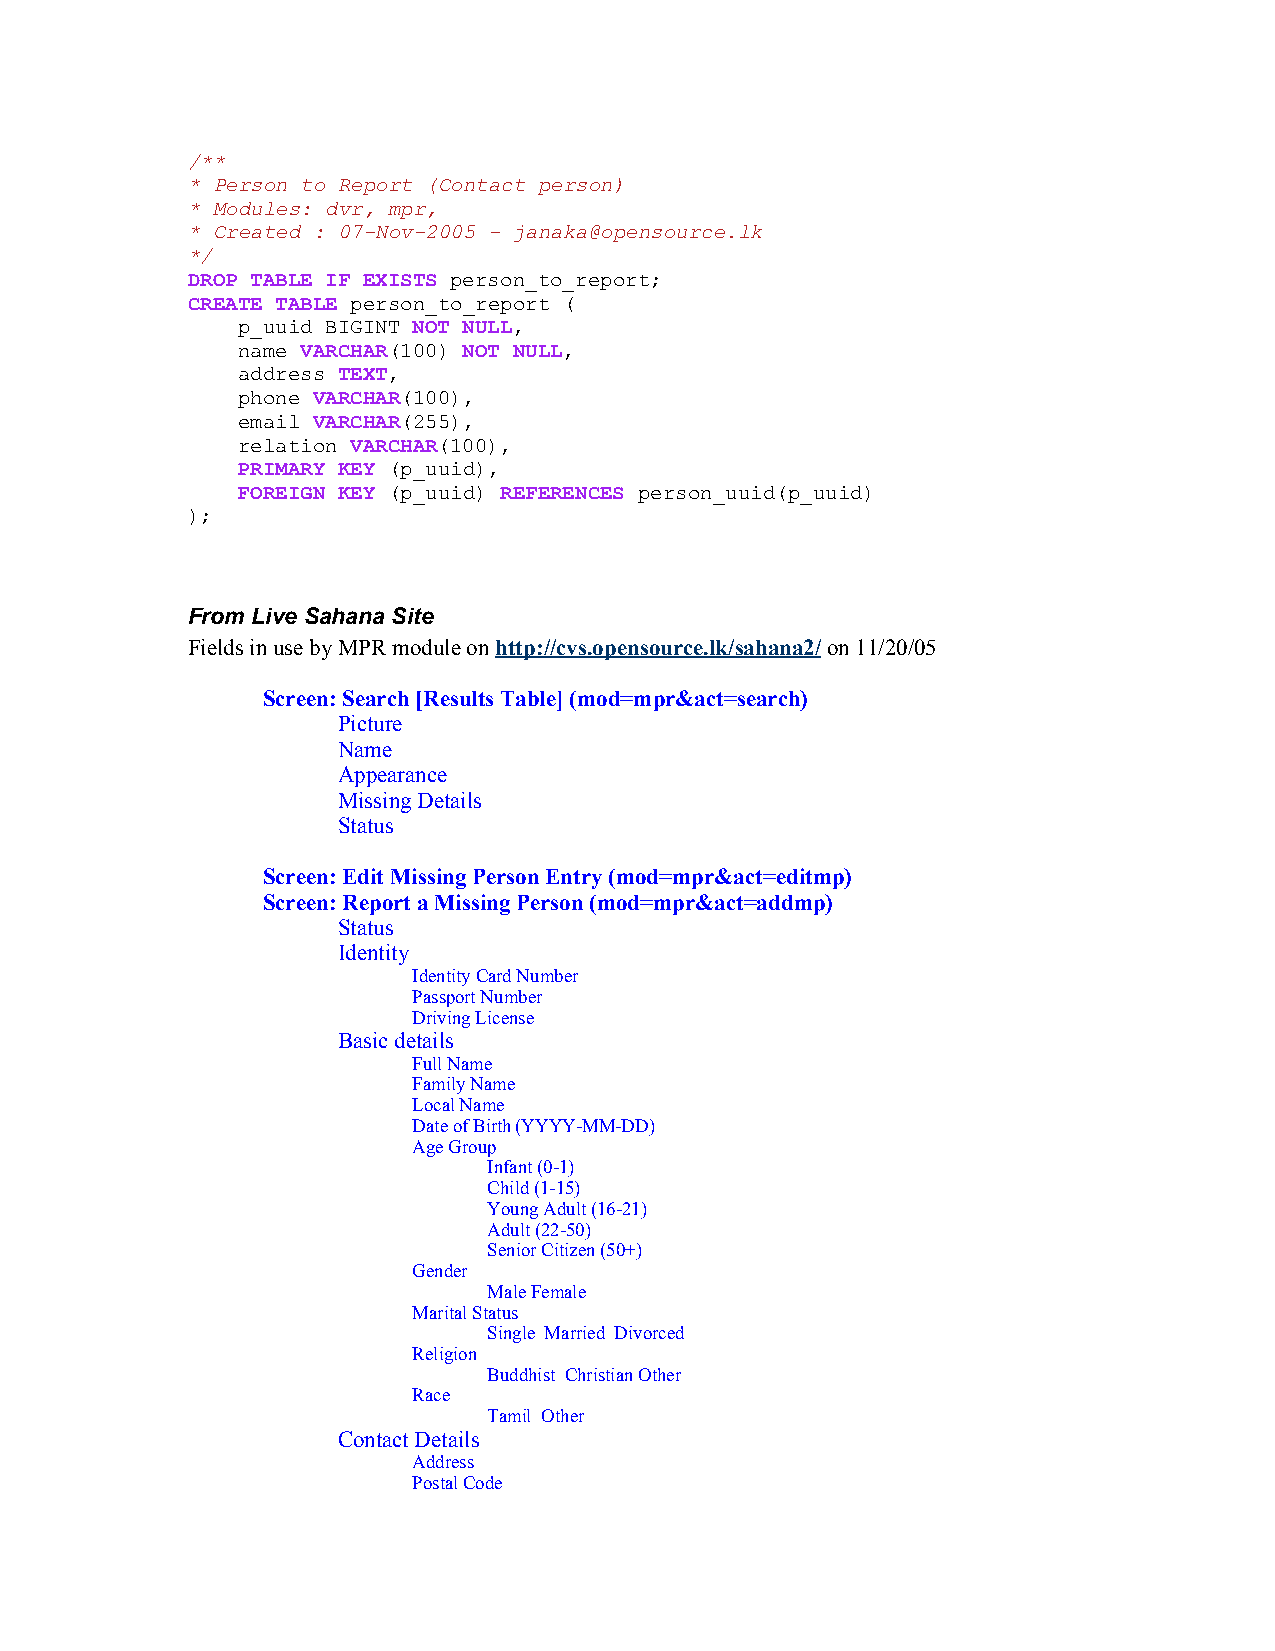
/**
 * Person to Report (Contact person)
 * Modules: dvr, mpr,
 * Created : 07-Nov-2005 - janaka@opensource.lk
 */
 DROP TABLE IF EXISTS person_to_report;
 CREATE TABLE person_to_report (
 p_uuid BIGINT NOT NULL,
 name VARCHAR(100) NOT NULL,
 address TEXT,
 phone VARCHAR(100),
 email VARCHAR(255),
 relation VARCHAR(100),
 PRIMARY KEY (p_uuid),
 FOREIGN KEY (p_uuid) REFERENCES person_uuid(p_uuid)
 );
 From Live Sahana Site
 Fields in use by MPR module on http://cvs.opensource.lk/sahana2/ on 11/20/05
 Screen: Search [Results Table] (mod=mpr&act=search)
 Picture
 Name
 Appearance
 Missing Details
 Status
 Screen: Edit Missing Person Entry (mod=mpr&act=editmp)
 Screen: Report a Missing Person (mod=mpr&act=addmp)
 Status
 Identity
 Identity Card Number
 Passport Number
 Driving License
 Basic details
 Full Name
 Family Name
 Local Name
 Date of Birth (YYYY-MM-DD)
 Age Group
 Infant (0-1)
 Child (1-15)
 Young Adult (16-21)
 Adult (22-50)
 Senior Citizen (50+)
 Gender
 Male Female
 Marital Status
 Single Married Divorced
 Religion
 Buddhist Christian Other
 Race
 Tamil Other
 Contact Details
 Address
 Postal Code